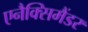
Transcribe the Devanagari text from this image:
एनैक्सिमैंडर